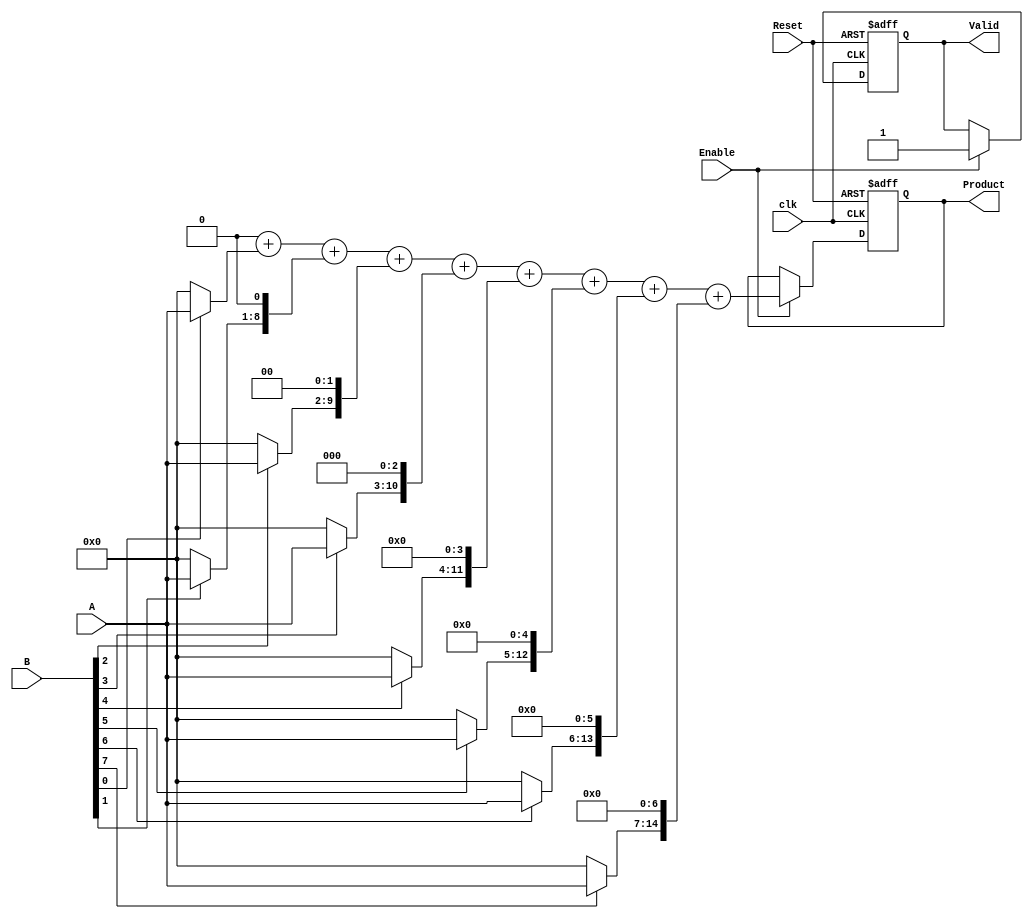
module PartialProductAccumulator #(
    parameter N = 8, // Bit width for operand A
    parameter M = 8  // Bit width for operand B
)(
    input  wire [N-1:0] A,          // Operand 1 (multiplicand)
    input  wire [M-1:0] B,          // Operand 2 (multiplier)
    input  wire Enable,              // Control signal to enable accumulation
    input  wire Reset,               // Asynchronous reset signal
    input  wire clk,                 // Clock signal
    output reg  [(N+M)-1:0] Product, // Final product output
    output reg  Valid                // Signal indicating product is valid
);

    // Internal signals
    reg [(N+M)-1:0] partial_products [0:M-1]; // Store partial products
    reg [(N+M)-1:0] sum;                        // Sum of partial products
    integer i;

    // Partial Product Generation
    always @(*) begin
        for (i = 0; i < M; i = i + 1) begin
            partial_products[i] = (B[i] ? A : 0) << i; // Generate partial product
        end
    end

    // Accumulation Logic
    always @(posedge clk or posedge Reset) begin
        if (Reset) begin
            Product <= 0;
            Valid <= 0;
        end else if (Enable) begin
            sum = 0;
            // Sum all partial products
            for (i = 0; i < M; i = i + 1) begin
                sum = sum + partial_products[i];
            end
            Product <= sum; // Update the product
            Valid <= 1;     // Indicate valid product
        end
    end

endmodule